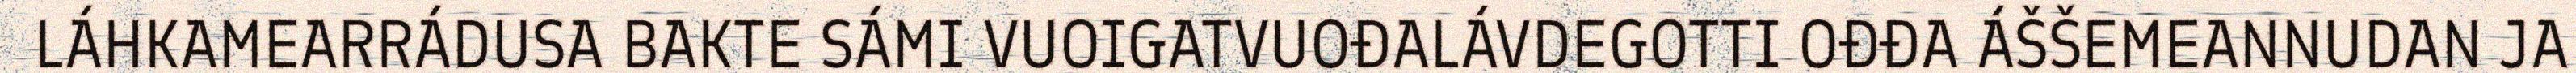
LÁHKAMEARRÁDUSA BAKTE SÁMI VUOIGATVUOĐALÁVDEGOTTI OĐĐA ÁŠŠEMEANNUDAN JA